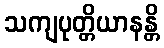
သကျပုတ္တိယာနန္တိ